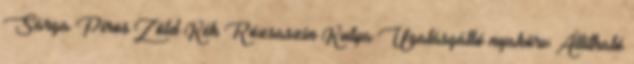
Sárga Piros Zöld Kék Rózsaszín Kutya Ugatásgátló nyakörv Állítható